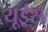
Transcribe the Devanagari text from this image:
यूईस